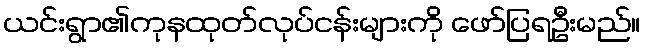
ယင်းရွာ၏ကုနထုတ်လုပ်ငန်းများကို ဖော်ပြရဦးမည်။